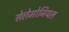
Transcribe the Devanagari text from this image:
सेलेमोनियल